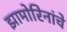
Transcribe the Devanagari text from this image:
झामोरिनांचे